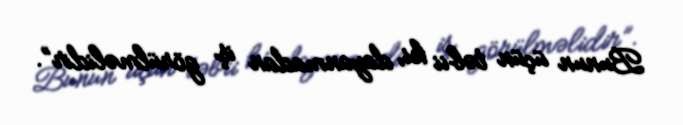
Bunun üçün təbii ki, dayanmadan iş görülməlidir”.